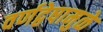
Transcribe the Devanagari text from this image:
वर्णद्वेषामुळे